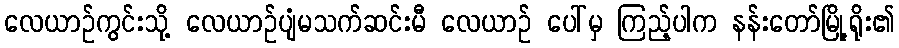
လေယာဉ်ကွင်းသို့ လေယာဉ်ပျံမသက်ဆင်းမီ လေယာဉ် ပေါ်မှ ကြည့်ပါက နန်းတော်မြို့ရိုး၏